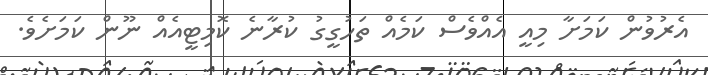
އެރުވުން ކަމަށާ މިއީ އެއްވެސް ކަމެއް ތަހުގީގު ކުރާނެ ކޮމިޓީއެއް ނޫން ކަމަށެވެ.